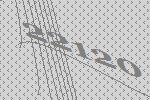
22120